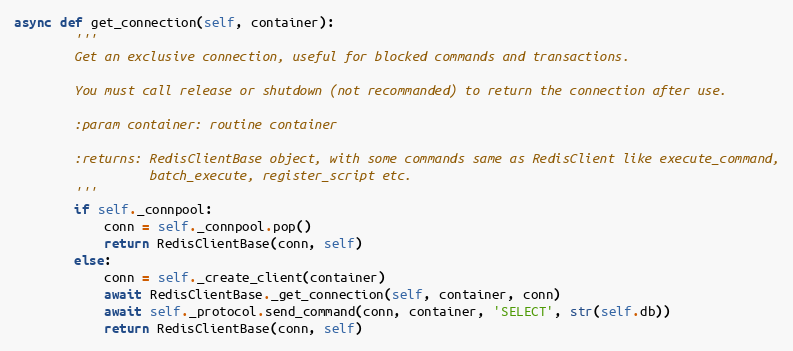
Language: Python
async def get_connection(self, container):
        '''
        Get an exclusive connection, useful for blocked commands and transactions.

        You must call release or shutdown (not recommanded) to return the connection after use.

        :param container: routine container

        :returns: RedisClientBase object, with some commands same as RedisClient like execute_command,
                  batch_execute, register_script etc.
        '''
        if self._connpool:
            conn = self._connpool.pop()
            return RedisClientBase(conn, self)
        else:
            conn = self._create_client(container)
            await RedisClientBase._get_connection(self, container, conn)
            await self._protocol.send_command(conn, container, 'SELECT', str(self.db))
            return RedisClientBase(conn, self)